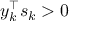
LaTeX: y _ { k } ^ { \top } s _ { k } > 0